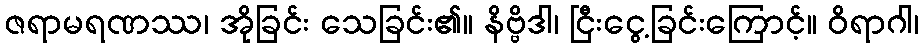
ဇရာမရဏဿ၊ အိုခြင်း သေခြင်း၏။ နိဗ္ဗိဒါ၊ ငြီးငွေ့ခြင်းကြောင့်။ ဝိရာဂါ၊